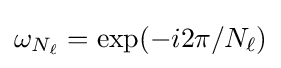
\omega _{N_{\ell }}=\exp(-i2\pi /N_{\ell })